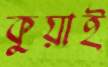
কুয়াই